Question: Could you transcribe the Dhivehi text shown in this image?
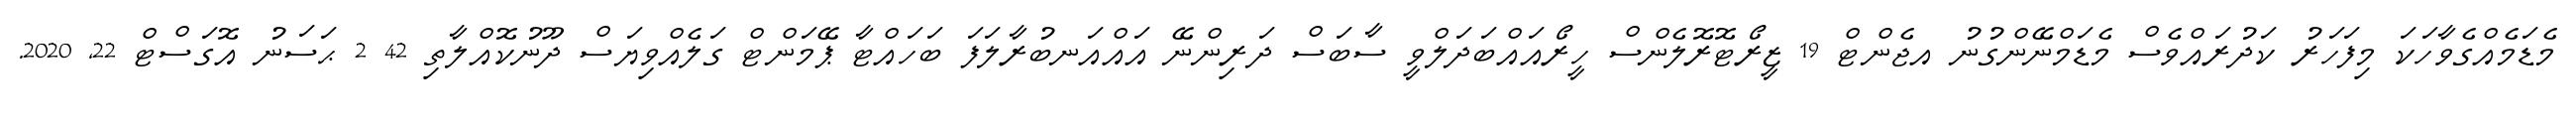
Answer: މެޑަމެއްގެވާހަކަ މިފަހަރު ކަދުރައްވެސް މެޑަމްނޭންގުނު އޖެންޓް 19 ޒީރޯޓޮރޮލެންސް ހީރޯއައްބަދަލްވީ ސާބަސް ދަރިންނޭ އައްއަނބުރާލަފަ ބަހައްޓާ ޕޭމަންޓް ގަލެއްވިޔަސް ދޫނުކޮއްލާތި 42 2 ޙަސަނު އޮގަސްޓް 22, 2020.